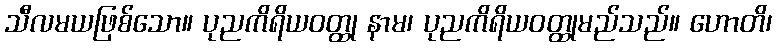
သီလမယဖြစ်သော။ ပုညကိရိယဝတ္ထု နာမ၊ ပုညကိရိယဝတ္ထုမည်သည်။ ဟောတိ၊